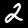
Label: 2